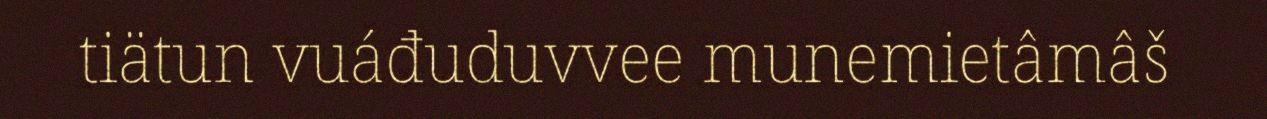
tiätun vuáđuduvvee munemietâmâš